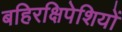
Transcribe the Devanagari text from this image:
बहिरक्षिपेशियों